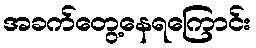
အခက်တွေ့နေရကြောင်း